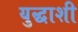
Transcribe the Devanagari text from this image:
युद्धाशी